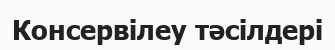
Консервілеу тәсілдері